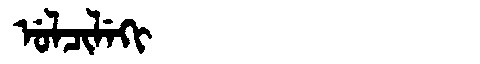
Manchu: ᡠᠯᠴᡳᠯᡝᡴᡳ
Romanization: ULCILEKI